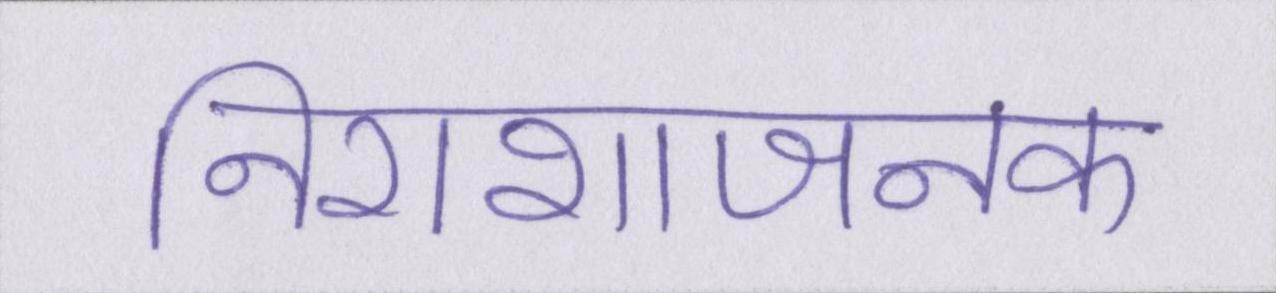
निराशाजनक